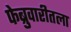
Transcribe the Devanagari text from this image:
फेब्रुवारीतला